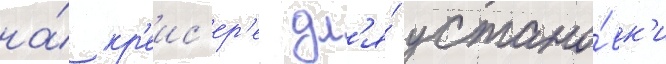
на́ кр'еис'ер'е дл'я́ устано́вк'и